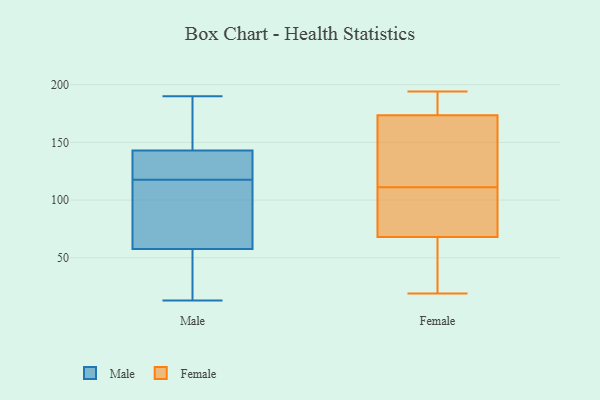
{"axis": {"x": "Gross Profit (USD K)", "y": "Value"}, "legend": ["Female", "Male"], "data": [{"x": "", "y": 104, "type": "Male"}, {"x": "", "y": 122, "type": "Male"}, {"x": "", "y": 62, "type": "Male"}, {"x": "", "y": 187, "type": "Male"}, {"x": "", "y": 118, "type": "Male"}, {"x": "", "y": 48, "type": "Male"}, {"x": "", "y": 13, "type": "Male"}, {"x": "", "y": 143, "type": "Male"}, {"x": "", "y": 172, "type": "Male"}, {"x": "", "y": 117, "type": "Male"}, {"x": "", "y": 18, "type": "Male"}, {"x": "", "y": 101, "type": "Male"}, {"x": "", "y": 53, "type": "Male"}, {"x": "", "y": 118, "type": "Male"}, {"x": "", "y": 143, "type": "Male"}, {"x": "", "y": 190, "type": "Male"}, {"x": "", "y": 67, "type": "Female"}, {"x": "", "y": 57, "type": "Female"}, {"x": "", "y": 71, "type": "Female"}, {"x": "", "y": 178, "type": "Female"}, {"x": "", "y": 19, "type": "Female"}, {"x": "", "y": 107, "type": "Female"}, {"x": "", "y": 186, "type": "Female"}, {"x": "", "y": 111, "type": "Female"}, {"x": "", "y": 194, "type": "Female"}, {"x": "", "y": 189, "type": "Female"}, {"x": "", "y": 121, "type": "Female"}, {"x": "", "y": 21, "type": "Female"}, {"x": "", "y": 132, "type": "Female"}, {"x": "", "y": 160, "type": "Female"}, {"x": "", "y": 106, "type": "Female"}]}